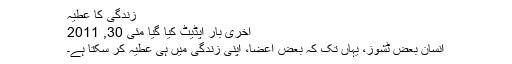
زندگی کا عطیہ
آخری بار اپڈیٹ کیا گیا مئی 30, 2011
انسان بعض ٹشوز، یہاں تک کہ بعض اعضا، اپنی زندگی میں ہی عطیہ کر سکتا ہے۔